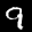
Label: 9